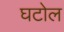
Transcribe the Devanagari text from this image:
घटोल